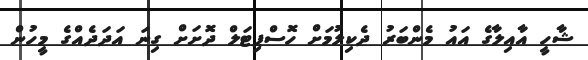
ޝާހީ އާއިލާގެ އައު މެންބަރު ދެކިލުމަށް ހޮސްޕިޓަލް ދޮށަށް ގިނަ އަދަދެއްގެ މީހުން